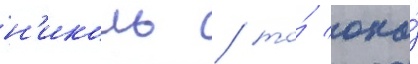
н'иколь / то́ она́